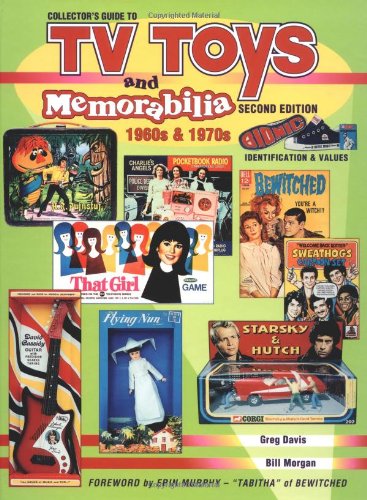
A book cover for Collectors Guide to TV Toys and Memorabilia (Collector's Guide to TV Toys & Memorabilia); Greg Davis; Crafts, Hobbies & Home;